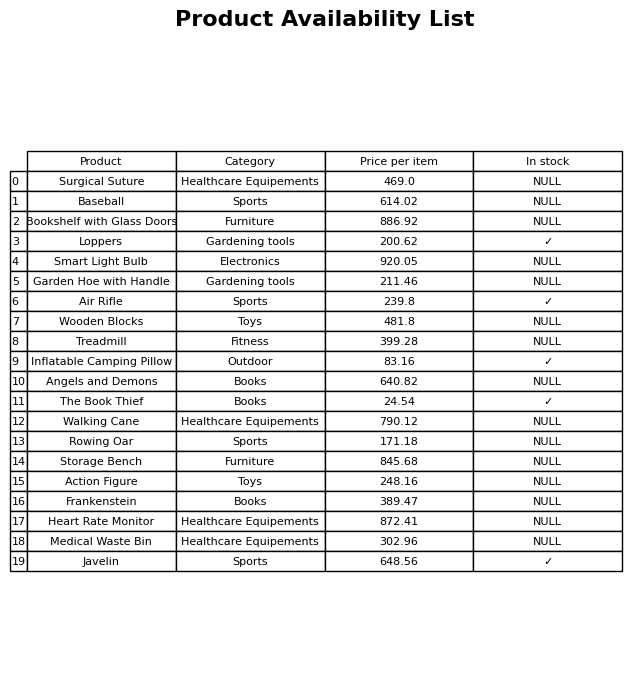
question: What is the price for Angels and Demons?
answer: The price of Angels and Demons is 640.82.